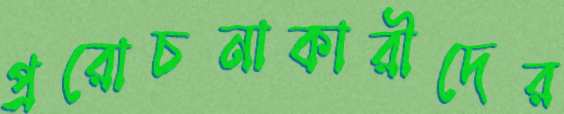
প্ররোচনাকারীদের